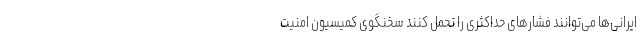
ایرانی‌ها می‌توانند فشارهای حداکثری را تحمل کنند سخنگوی کمیسیون امنیت